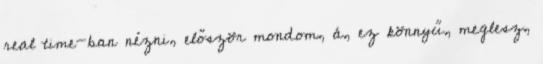
real time-ban nézni, először mondom, á, ez könnyű, meglesz,